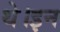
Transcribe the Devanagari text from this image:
थे।इन